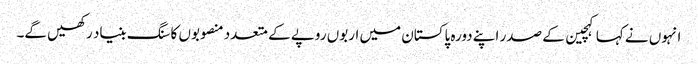
انہوں نے کہا کہچین کے صدر اپنے دورہ پاکستان میں اربوں روپے کے متعدد منصوبوں کا سنگ بنیاد رکھیں گے۔